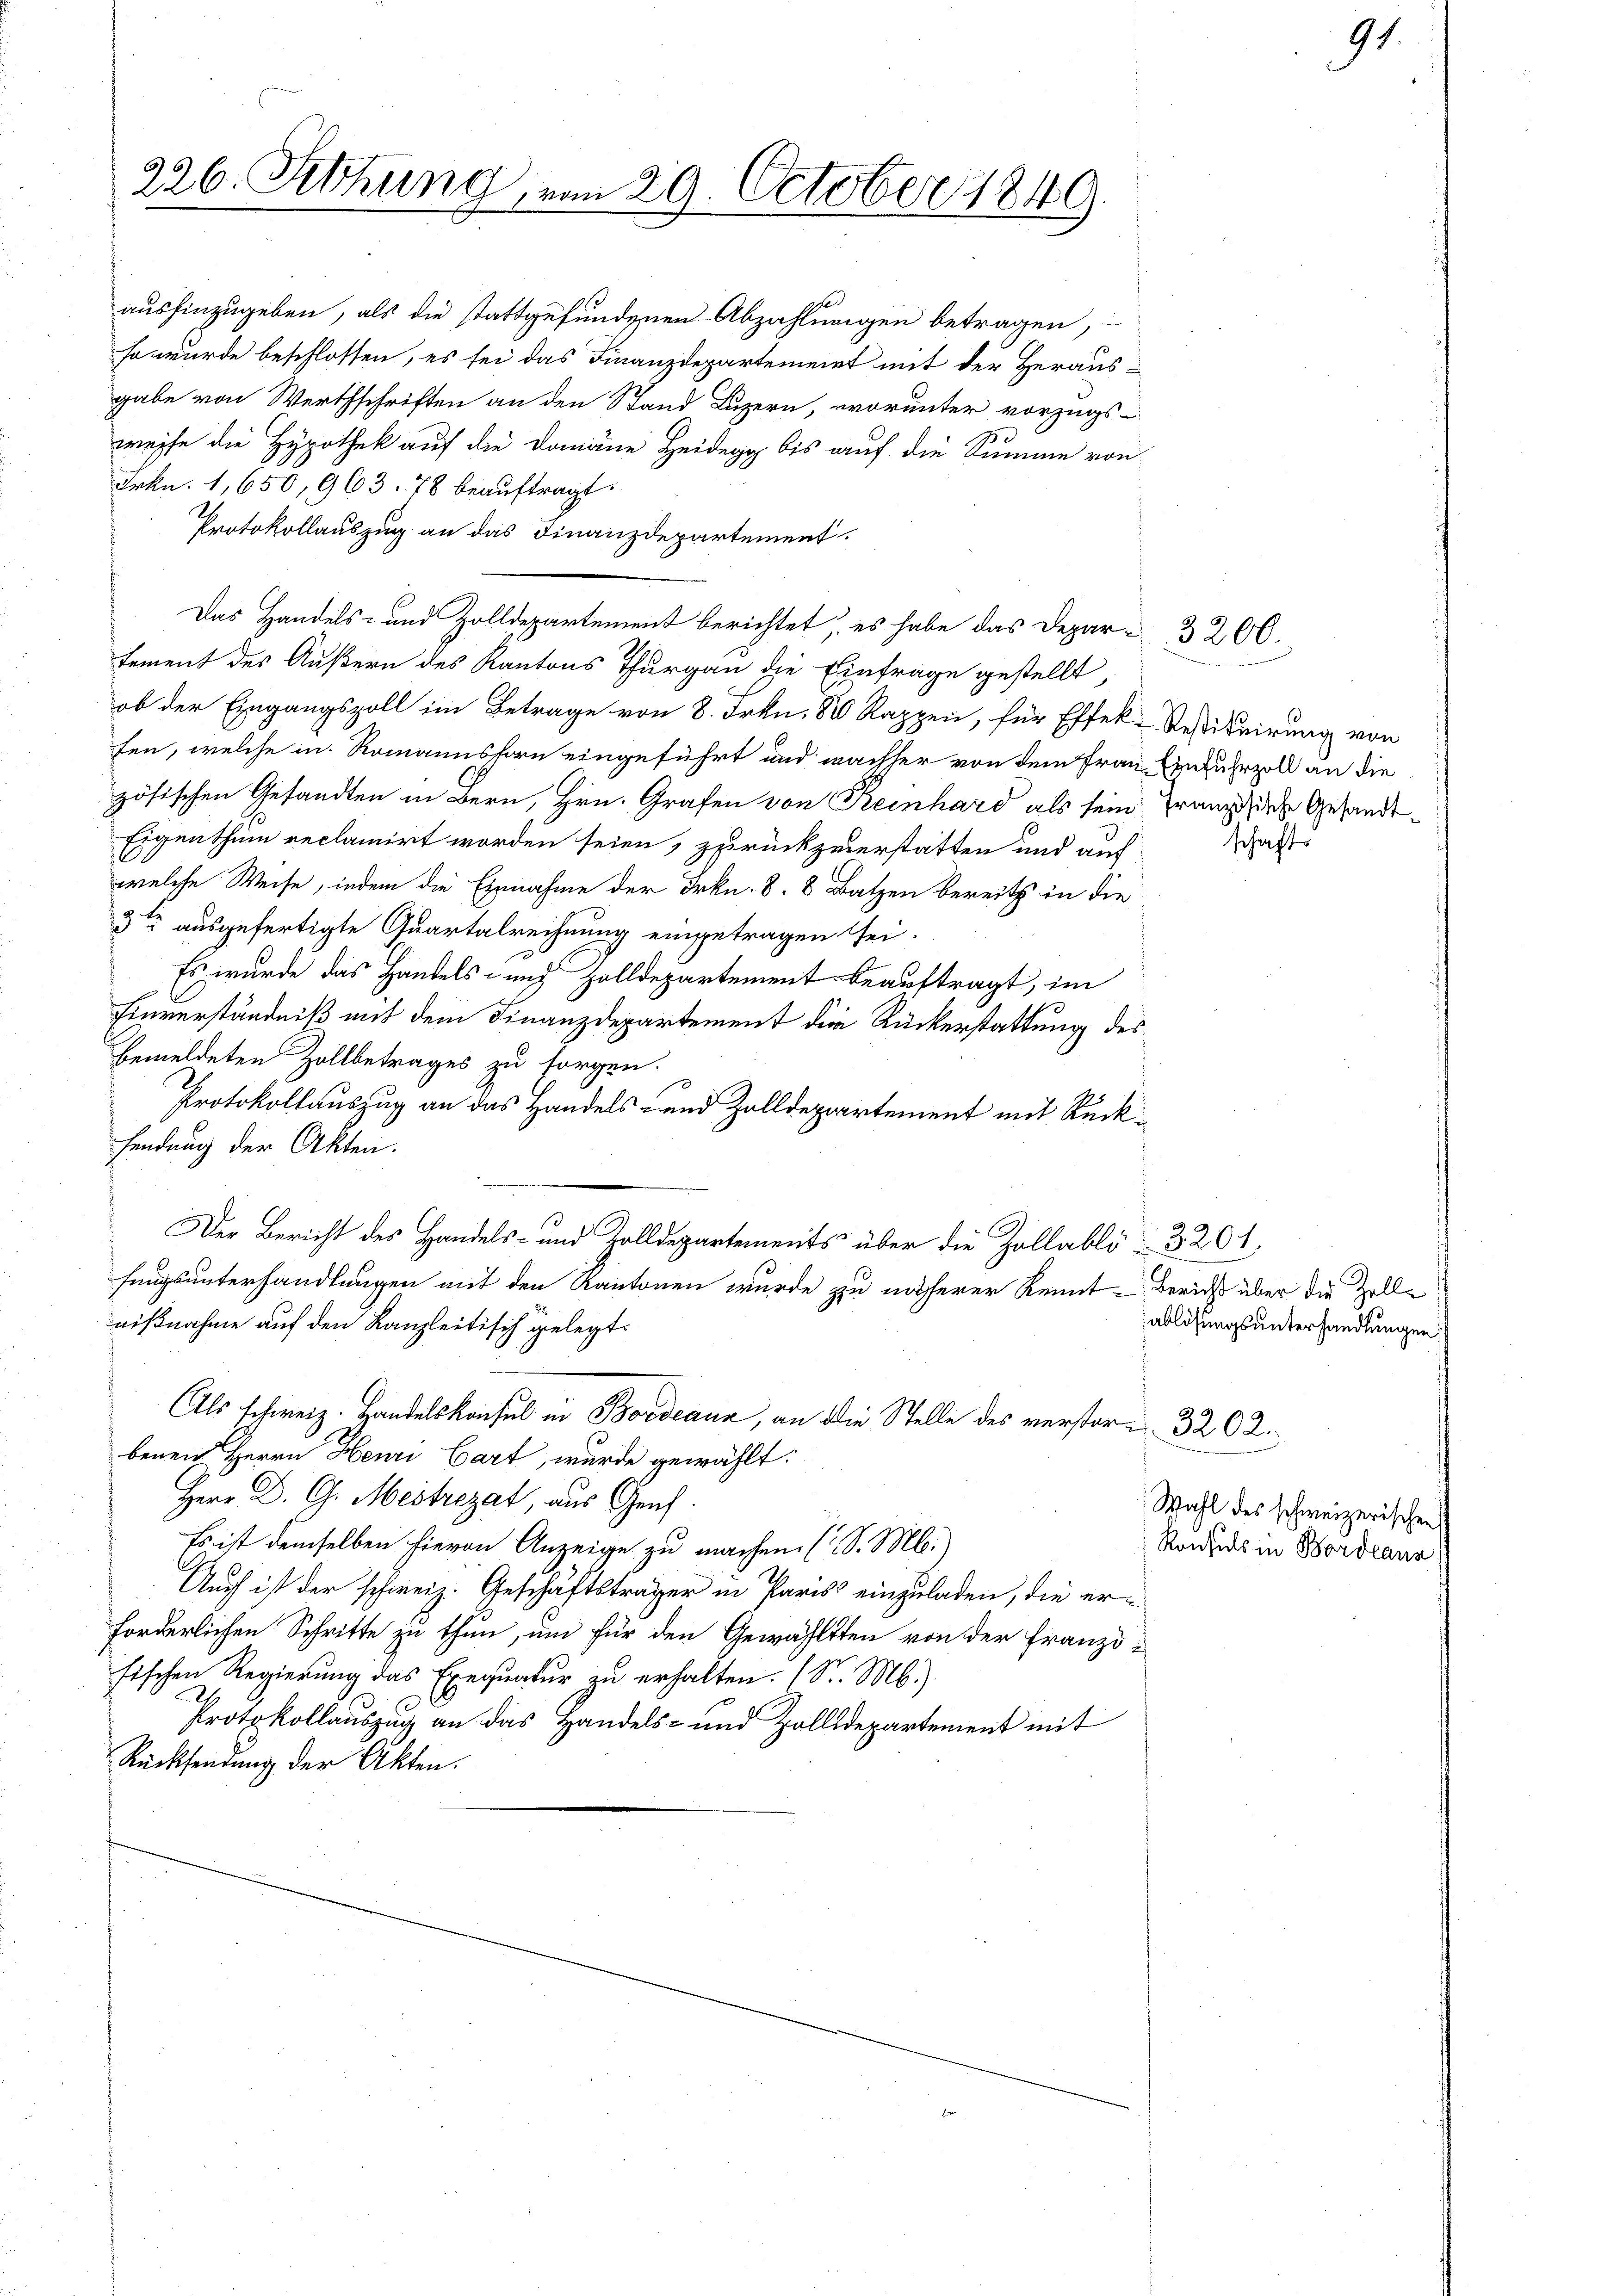
226. Sitzung, von 29. October 1849.

aushinzugeben, als die stattgefundenen Abzahlungen betragen,
so wurde beschlossen, es sei das Finanzdepartement mit der Heraus-
gabe von Werthschriften an den Stand Luzern, worunter vorzugs-
weise die Hypothek auf die Domäne Heidegg bis auf die Summe von
Frkn. 1,650, 963. 78 beauftragt.
Protokollauszug an das Finanzdepartement.
Das Handels- und Zolldepartement berichtet, es habe das Depar- 3200.
tement des Äußern des Kantons Thurgau die Einfrage gestellt,
ob der Eingangszoll im Betrage von 8. Frkn. 80 Rappen, für Effek-Restituirung von
fen, welche in Romannsforn eingeführt und nachher von dem Frau Einfuhrzoll an die
zösischen Gesandten in Bern, Hrn. Grafen von Reinhard als sein Franzische Gesandt¬
Eigenthum reclamirt worden seien, zurückzuerstatten und auf
welche Weise, indem die Einnahme der Frkn. 8. 8 Batzen bereits in die
3te ausgefertigte Quartalrechnung eingetragen sei.
Es wurde das Handels- und Zolldepartement beauftragt, im
Einverständniß mit dem Finanzdepartement die Rückerstattung des
bemeldeten Zollbetrages zu sorgen.
Protokollauszug an das Handels- und Zolldepartement mit Rücksendung der Akten.
Der Bericht des Handels- und Zolldepartements über die Zollabli 3201,
fungsunterhandlungen mit den Kantonen wurde zu näherer Renntnißnahme auf den Kanzleitisch gelegt.
Als Schweiz. Handelskonsul in Bordeaux, an die Stelle des verstor- 320 2.
benen Herrn Henri Cart, wurde gewählt:
Herr D. G. Mestrezat, aus Genf
Es ist demselben hievon Anzeige zu machen (S. M.)
Auch ist der schweiz. Geschäftsträger in Paris einzuladen, die erforderlichen Schritte zu thun, um für den Gewählten von der Franzö-
fischen Regierung das Exequatur zu erhalten. (S. M.)
Protokollauszug an das Handels- und Zolldepartement mit
Rücksendung der Akten.

schafts

91.

Bericht über die Zoll-
ablösungsunterhandlungen

Wahl des schweizerischen
Konsuls in Bordlanz